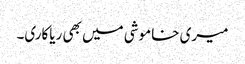
میری خاموشی میں بھی ریاکاری۔